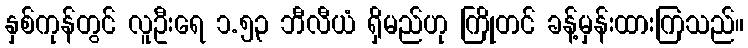
နှစ်ကုန်တွင် လူဦးရေ ၁.၅၃ ဘီလီယံ ရှိမည်ဟု ကြိုတင် ခန့်မှန်းထားကြသည်။